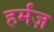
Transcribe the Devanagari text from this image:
हर्मंज़